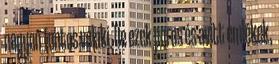
nagyon fontos valaki. De ezek poros és avitt emlékek,